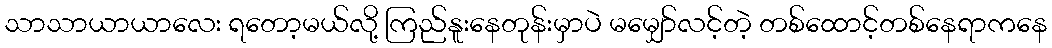
သာသာယာယာလေး ရတော့မယ်လို့ ကြည်နူးနေတုန်းမှာပဲ မမျှော်လင့်တဲ့ တစ်ထောင့်တစ်နေရာကနေ